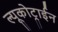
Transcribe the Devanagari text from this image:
ल्यूकोट्राईन